Report on vaccination in Madras 1922-1929 - 1922-1929
Year: 1922
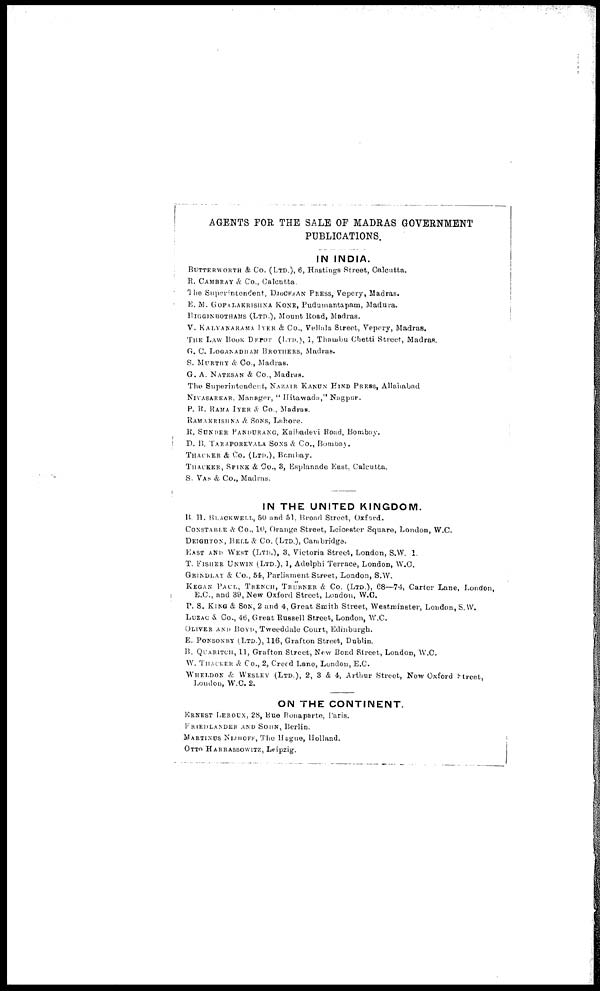
AGENTS FOR THE SALE OF MADRAS GOVERNMENT
PUBLICATIONS.
IN INDIA.
BUTTERWORTH & Co. (LTD.), 6, Hastings Street, Calcutta.
R. CAMBRAY & Co., Calcutta.
The Superintendent, DIOCESAN PRESS, Vepery, Madras.
E. M. GOPALAKRISHNA KONE, Pudumantapam, Madura.
HIGGINBOTHAMS (LTD.), Mount Road, Madras.
V. KALYANARAMA IYER & Co., Vellala Street, Vepery, Madras.
THE LAW BOOK DEPOT (LTD.), 1, Thambu Chetti Street, Madras.
G. C. LOGANADHAM BROTHERS, Madras.
S. MURTHY & Co., Madras.
G. A. NATESAN & Co., Madras.
The Superintendent, NAZAIR KANUN HIND PRESS, Allahabad
NIVASARKAR, Manager, " Hitawada," Nagpur.
P. R. RAMA IYER & Co., Madras.
RAMAKRISHNA & SONS, Lahore.
R. SUNDER PANDURANG, Kalbadevi Road, Bombay.
D. B. TARAPOREVALA SONS & Co., Bombay.
THACKER & Co. (LTD.), Bombay.
THACKER, SPINK & Co., 3, Esplanade East, Calcutta.
S. VAS & Co., Madras.
IN THE UNITED KINGDOM.
B. H. BLACKWELL, 50 and 51, Broad Street, Oxford.
CONSTABLE & Co., 10, Orange Street, Leicester Square, London, W.C.
DEIGHTON, BELL & Co. (LTD.), Cambridge.
EAST AND WEST (LTD.), 3, Victoria Street, London, S.W. 1.
T. FISHER UNWIN (LTD.), 1, Adelphi Terrace, London, W.C.
GRINDLAY & Co., 54, Parliament Street, London, S.W.
KEGAN PAUL, TRENCH, TRÜBNER & Co. (LTD.), 68—74, Carter Lane, London,
E.C., and 39, New Oxford Street, London, W.C.
P. S. KING & SON, 2 and 4, Great Smith Street, Westminster, London, S.W.
LUZAC & Co., 46, Great Russell Street, London, W.C.
OLIVER AND BOYD, Tweeddale Court, Edinburgh.
E. PONSONBY(LTD.), 116, Grafton Street, Dublin.
B. QUARITCH, 11, Grafton Street, New Bond Street, London, W.C.
W. THACKER & Co., 2, Creed Lane, London, E.C.
WHELDON & WESLEY (LTD.), 2, 3 & 4, Arthur Street, New Oxford Street,
London, W.C. 2.
ON THE CONTINENT.
ERNEST LEROUX, 28, Rue Bonaparte, Paris.
FRIEDLANDER AND SOHN, Berlin.
MARTINUS NIJHOFF, The Hague, Holland.
OTTO HARRASSOWITZ, Leipzig.